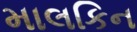
માલકિન